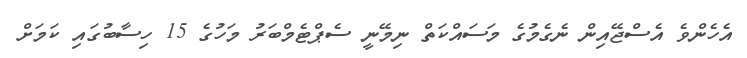
އެހެންވެ އެސްޖޭއިން ނެގެމުގެ މަސައްކަތް ނިމޭނީ ސެޕްޓެމްބަރު މަހުގެ 15 ހިސާބުގައި ކަމަށް